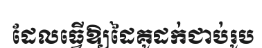
ដែលធ្វើឱ្យដៃគូដក់ជាប់រូប